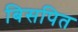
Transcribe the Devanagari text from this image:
बिसपित